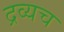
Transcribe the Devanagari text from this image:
द्रव्यच